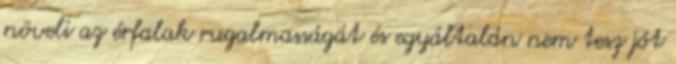
növeli az érfalak rugalmasságát és egyáltalán nem tesz jót